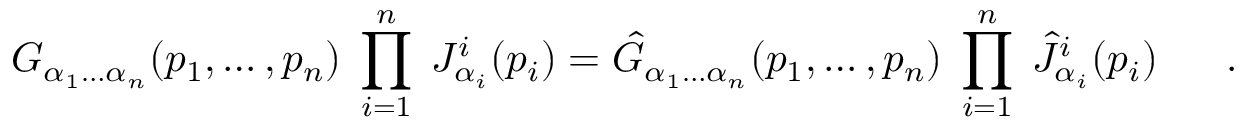
G _ { \alpha _ { 1 } \ldots \alpha _ { n } } ( p _ { 1 } , \ldots , p _ { n } ) \; \prod _ { i = 1 } ^ { n } \; J _ { \alpha _ { i } } ^ { i } ( p _ { i } ) = \hat { G } _ { \alpha _ { 1 } \ldots \alpha _ { n } } ( p _ { 1 } , \ldots , p _ { n } ) \; \prod _ { i = 1 } ^ { n } \; \hat { J } _ { \alpha _ { i } } ^ { i } ( p _ { i } ) \ \ \ \ \ .